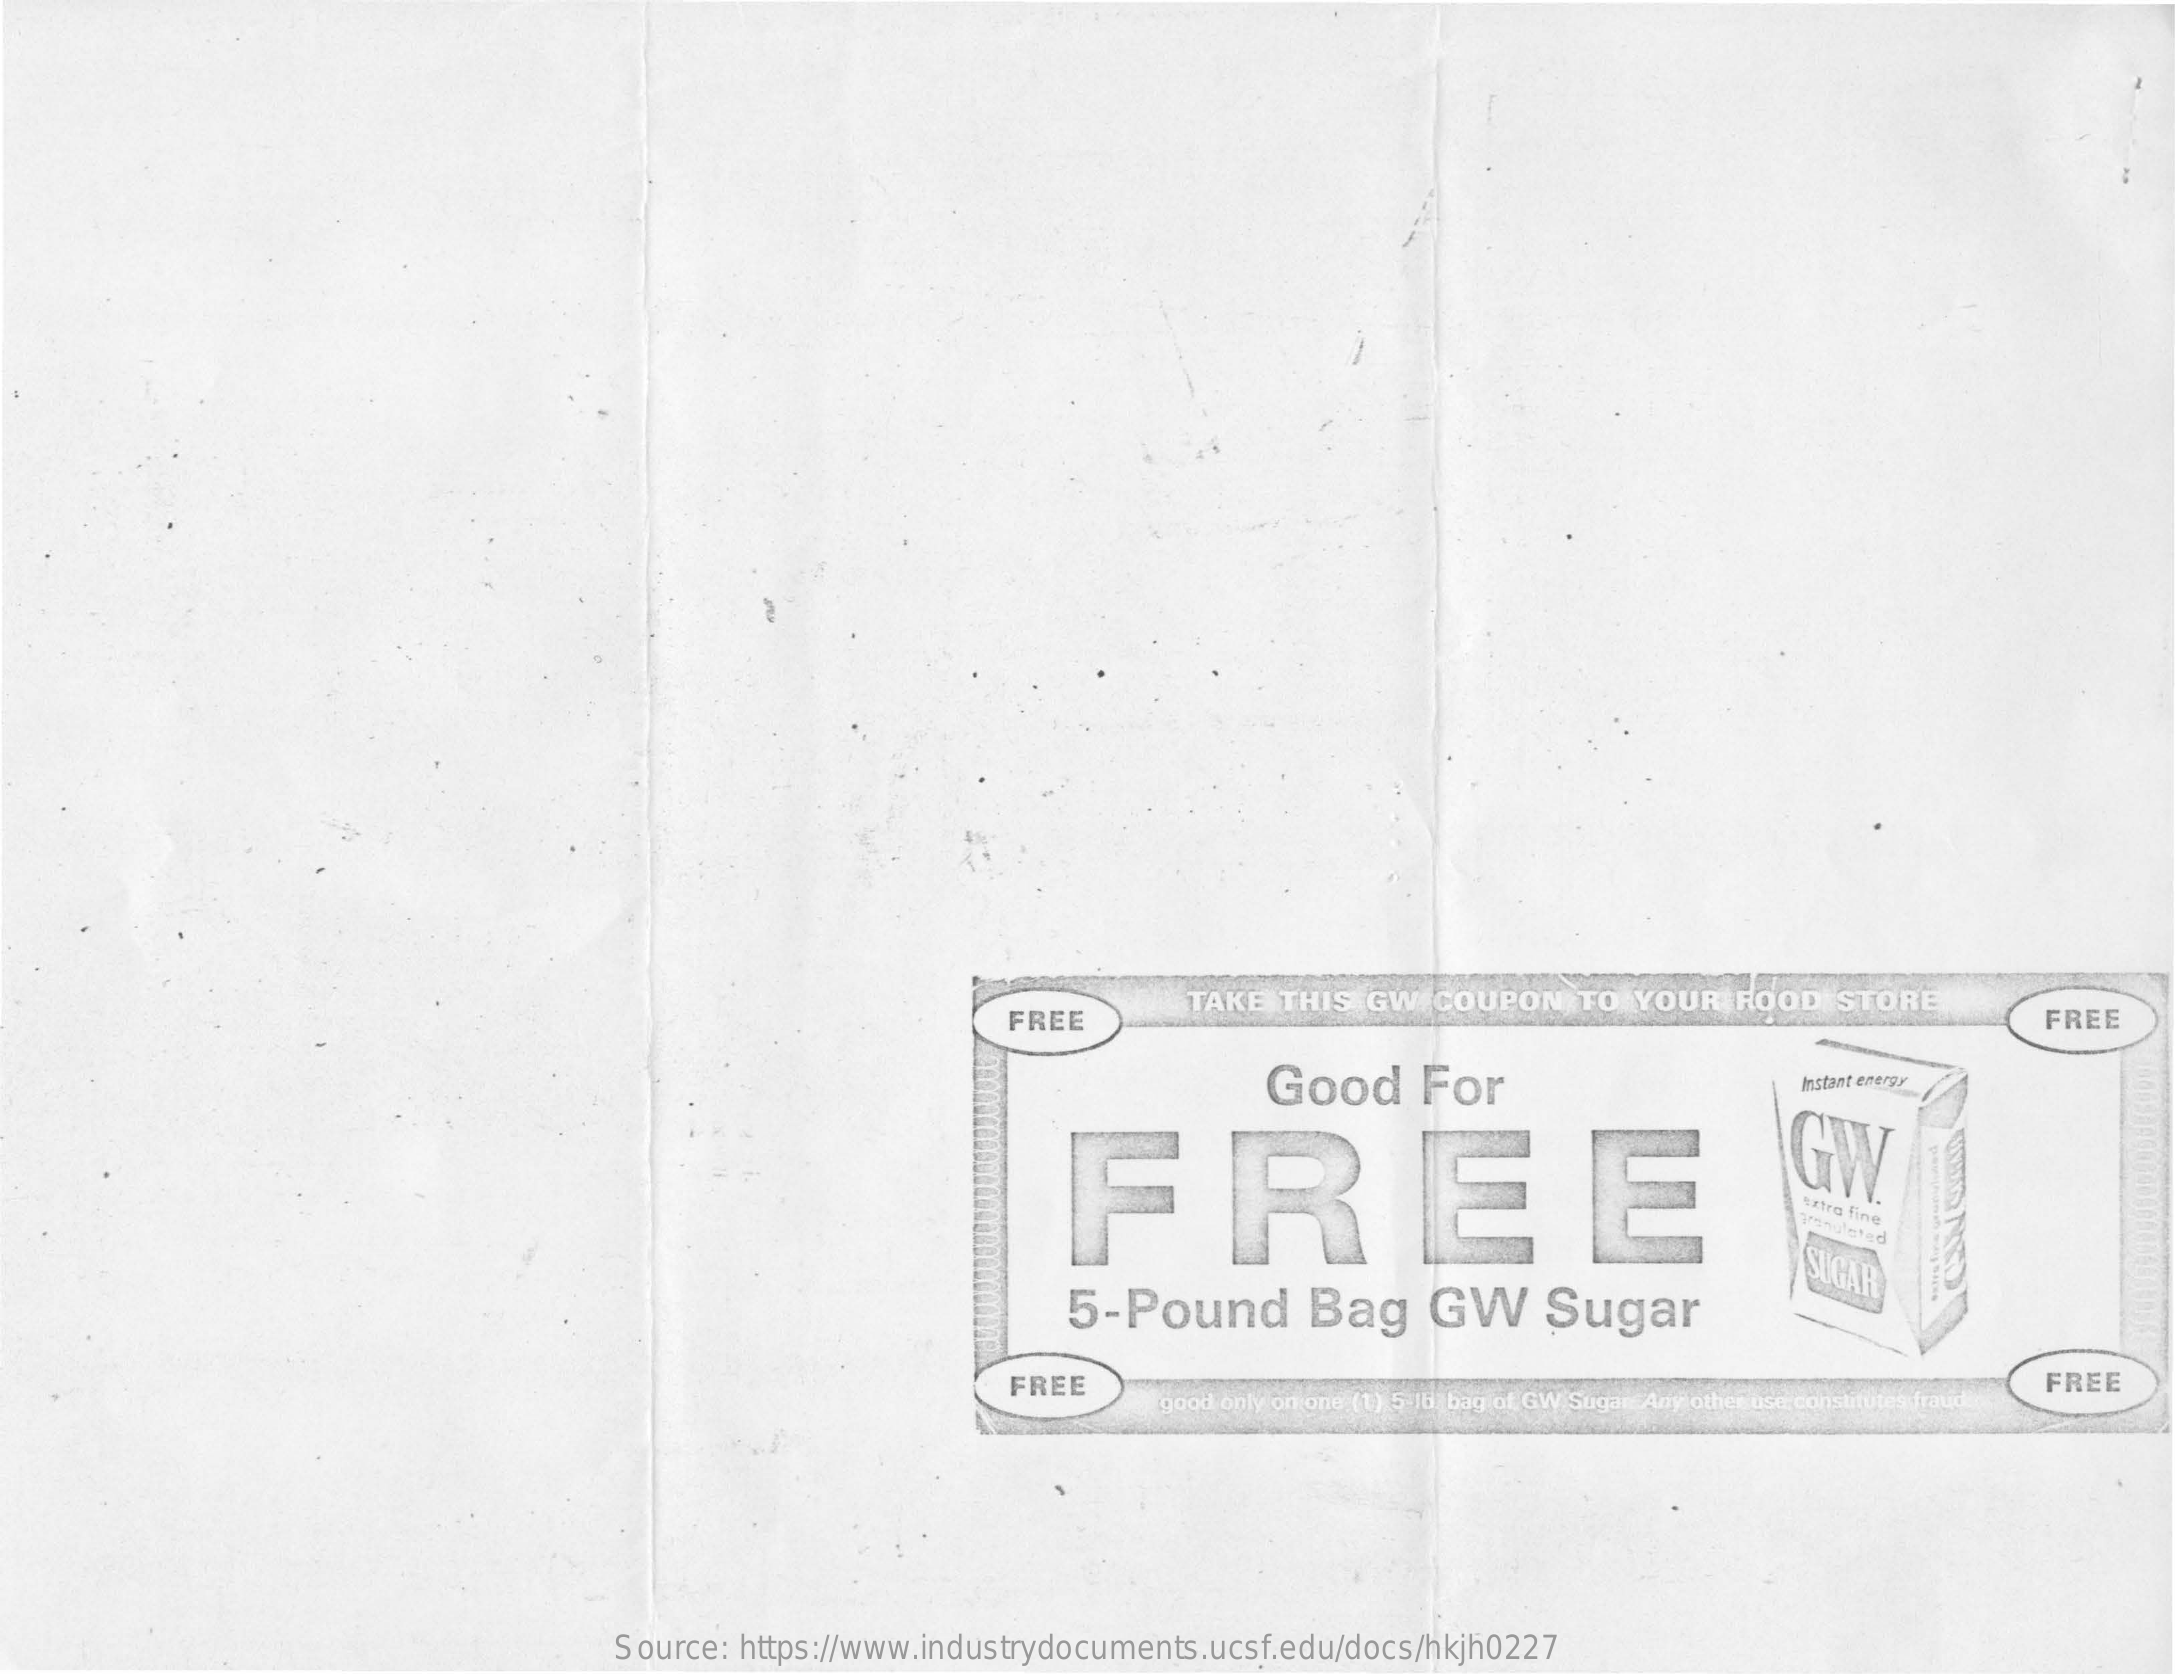
FREE
     TAKE  THIS  GW  COUPON   TO YOUR   FOOD  STORE
     FREE
     Good    For    Instant energy
     FREE    GW
     xtra fine renulated
     5-Pound    Bag    GW    Sugar
     SUGAR
     FREE
     good only on one (1) 5-16 bag of GW Sugar Any other use constitutes fraud
     FREE
     Source: https://www.industrydocuments.ucsf.edu/docs/hkjh0227